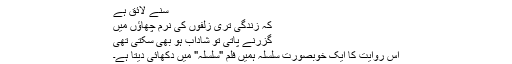
سنے لائق ہے
کہ زندگی تری زلفوں کی نرم چھاؤں میں
گزرنے پاتی تو شاداب ہو بھی سکتی تھی
اس روایت کا ایک خوبصورت سلسلہ ہمیں فلم "سلسلہ" میں دکھائی دیتا ہے۔